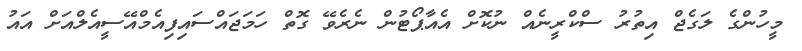
މީހުންގެ ލަގެޖް އިތުރު ސްކްރީނެއް ނުކޮށް އެއާޕޯޓުން ނެރެވޭ ގޮތް ހަމަޖައްސައިފިއެމްއޭސީއެލްއަށް އައު